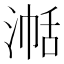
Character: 𪶞